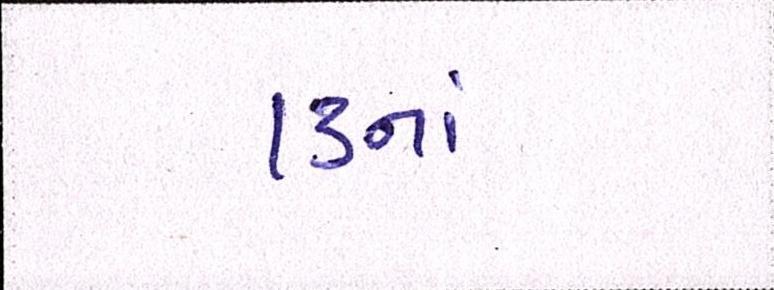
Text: ૧૩નાં